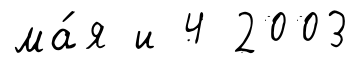
ма́я и 4 2003